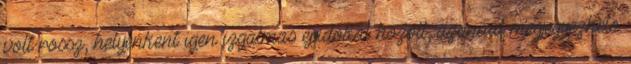
volt rossz, helyenkent igen izgalmas epidokat hozott, azonnal megjegyezheto